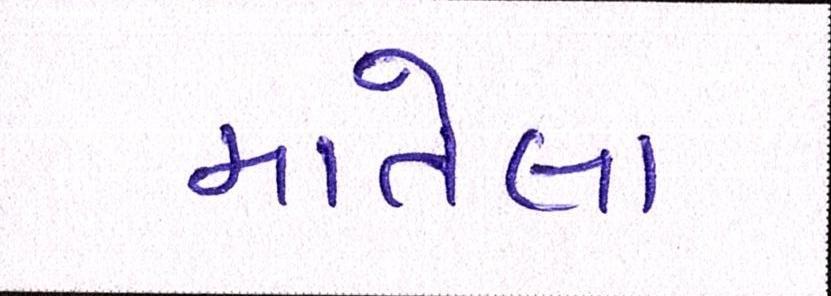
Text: માતેલા